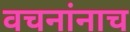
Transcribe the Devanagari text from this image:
वचनांनाच